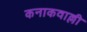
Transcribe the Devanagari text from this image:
कनाकवाल्ली